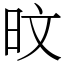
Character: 旼